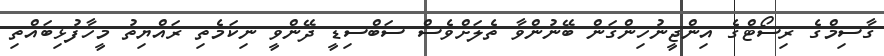
ގާސިމްގެ ރިސޯޓްގެ އިންޖީނުހިންގަން ބޭނުންވާ ތެލަށްވެސް ސަބްސިޑީ ދޭންވީ ނިކަމެތި ރައްޔިތު މީހާފުޅިބައްތި